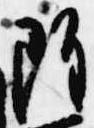
雖